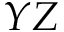
Y Z